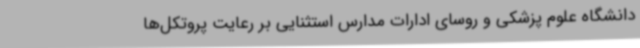
دانشگاه علوم پزشکی و روسای ادارات مدارس استثنایی بر رعایت پروتکل‌ها